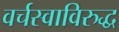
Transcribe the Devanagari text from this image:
वर्चस्वाविरुद्ध